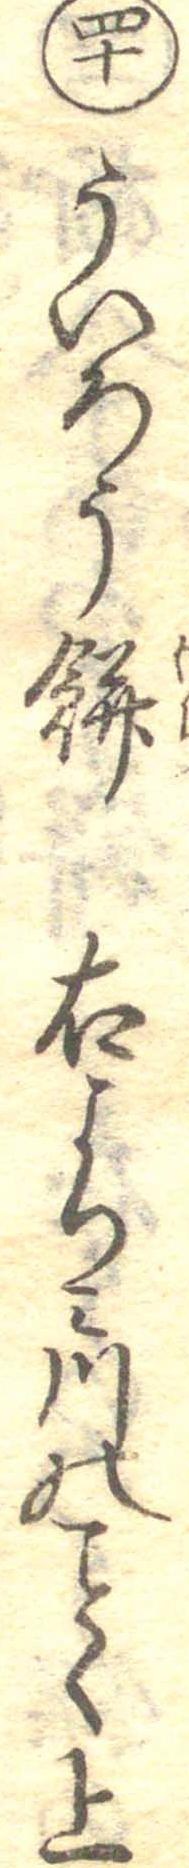
四十ういろう餅右よりみ川のく上